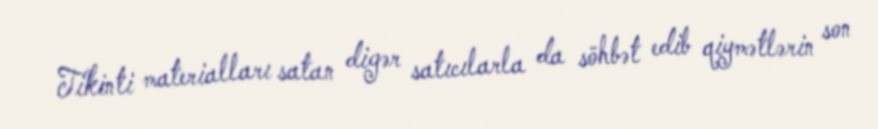
Tikinti materialları satan digər satıcılarla da söhbət edib qiymətlərin son